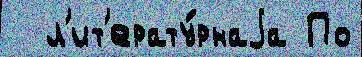
  л'ит'ерату́рнаjа По